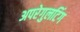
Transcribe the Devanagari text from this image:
अपरेगुलटिंग